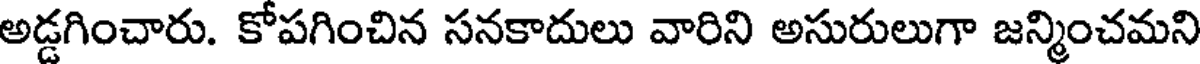
అడ్డగించారు. కోపగించిన సనకాదులు వారిని అసురులుగా జన్మించమని